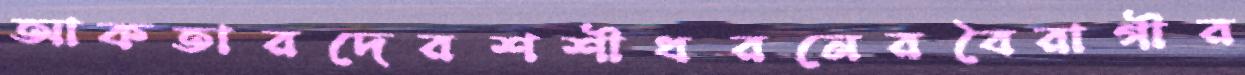
আকতারদেরশশীধরনেরবৈরাগীর